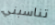
تناسبني